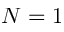
N = 1